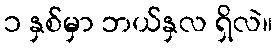
၁ နှစ်မှာ ဘယ်နှလ ရှိလဲ။